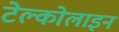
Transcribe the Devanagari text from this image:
टेल्कोलाइन